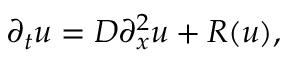
\partial _ { t } u = D \partial _ { x } ^ { 2 } u + R ( u ) ,